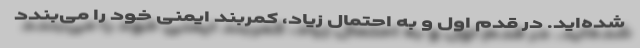
شده‌اید. در قدم اول و به احتمال زیاد، کمربند ایمنی خود را می‌بندد